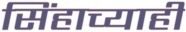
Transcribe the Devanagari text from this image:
सिंहाच्याही